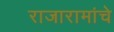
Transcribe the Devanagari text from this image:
राजारामांचे